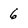
Character: 6